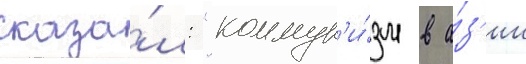
сказа́л: "коммун'и́зм в а́з'ии